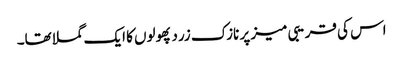
اس کی قریبی میز پر نازک زرد پھولوں کا ایک گملا تھا۔